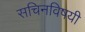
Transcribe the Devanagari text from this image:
सचिनविषयी